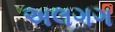
અલગગ